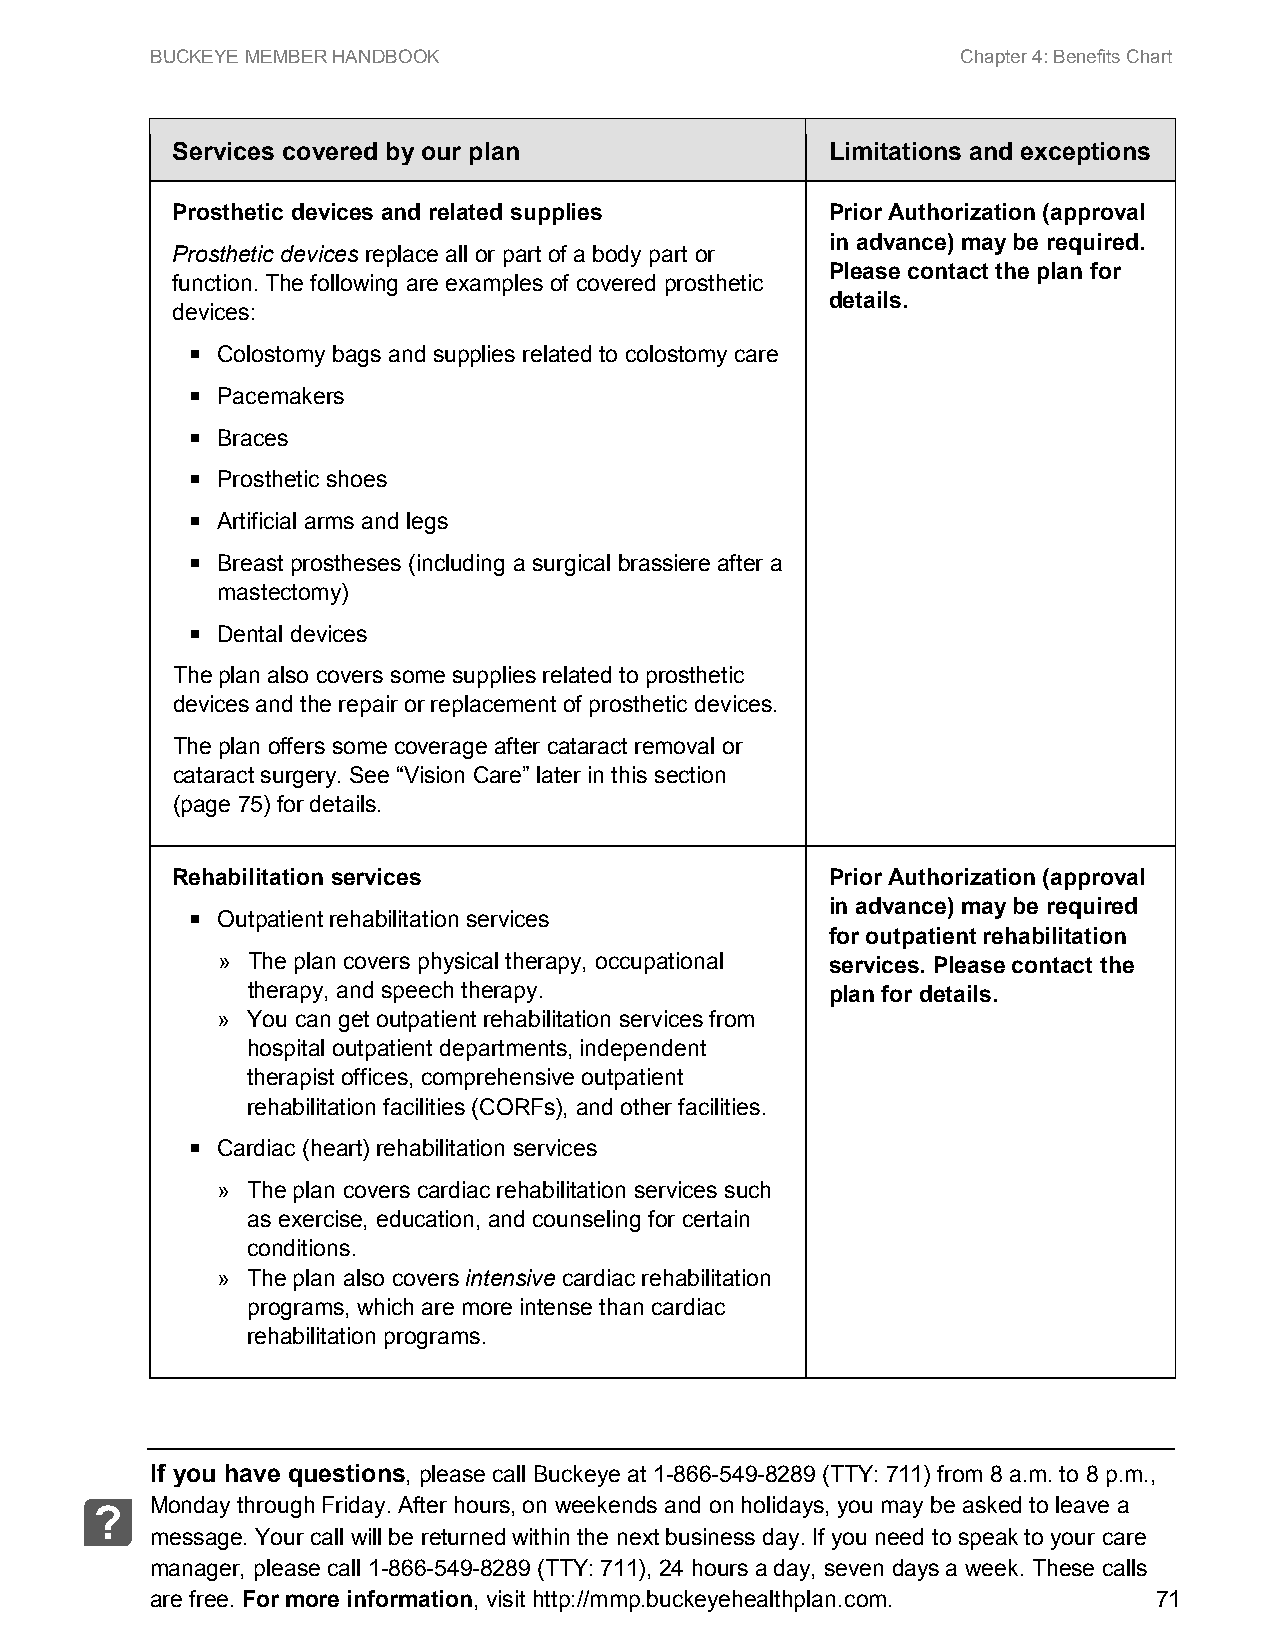
BUCKEYE MEMBER HANDBOOK                               Chapter 4: Benefits Chart
 Services covered by our plan                Limitations and exceptions
 Prosthetic devices and related supplies     Prior Authorization (approval
 in advance) may be required.
 Prosthetic devices replace all or part of a body part or
 Please contact the plan for
 function. The following are examples of covered prosthetic
 details.
 devices:
  Colostomy bags and supplies related to colostomy care
  Pacemakers
  Braces
  Prosthetic shoes
  Artificial arms and legs
  Breast prostheses (including a surgical brassiere after a
 mastectomy)
  Dental devices
 The plan also covers some supplies related to prosthetic
 devices and the repair or replacement of prosthetic devices.
 The plan offers some coverage after cataract removal or
 cataract surgery. See “Vision Care” later in this section
 (page 75) for details.
 Rehabilitation services                     Prior Authorization (approval
 in advance) may be required
  Outpatient rehabilitation services
 for outpatient rehabilitation
 » The plan covers physical therapy, occupational services. Please contact the
 therapy, and speech therapy.           plan for details.
 » You can get outpatient rehabilitation services from
 hospital outpatient departments, independent
 therapist offices, comprehensive outpatient
 rehabilitation facilities (CORFs), and other facilities.
  Cardiac (heart) rehabilitation services
 » The plan covers cardiac rehabilitation services such
 as exercise, education, and counseling for certain
 conditions.
 » The plan also covers intensive cardiac rehabilitation
 programs, which are more intense than cardiac
 rehabilitation programs.
 If you have questions, please call Buckeye at 1-866-549-8289 (TTY: 711) from 8 a.m. to 8 p.m.,
 Monday through Friday. After hours, on weekends and on holidays, you may be asked to leave a
 ?
 message. Your call will be returned within the next business day. If you need to speak to your care
 manager, please call 1-866-549-8289 (TTY: 711), 24 hours a day, seven days a week. These calls
 are free. For more information, visit http://mmp.buckeyehealthplan.com. 71